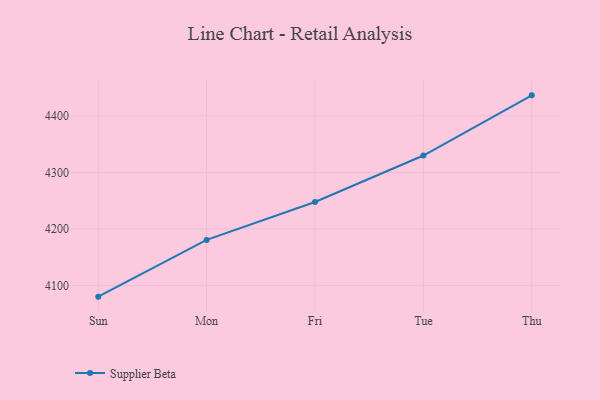
{"axis": {"x": "Day", "y": "Revenue (USD Million)"}, "legend": ["Supplier Beta"], "data": [{"x": "Sun", "y": 4080.5, "type": "Supplier Beta"}, {"x": "Mon", "y": 4180.8, "type": "Supplier Beta"}, {"x": "Fri", "y": 4247.7, "type": "Supplier Beta"}, {"x": "Tue", "y": 4329.9, "type": "Supplier Beta"}, {"x": "Thu", "y": 4436.2, "type": "Supplier Beta"}]}